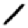
Digit: 1